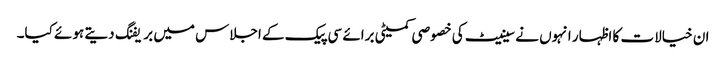
ان خیالات کا اظہار انہوں نے سینیٹ کی خصوصی کمیٹی برائے سی پیک کے اجلاس میں بریفنگ دیتے ہوئے کیا۔